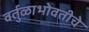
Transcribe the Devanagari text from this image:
वर्तुळाभोवतीचे